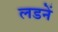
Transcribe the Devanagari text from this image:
लडनें